Source: Handwritten
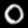
Digit: ၀ (0)